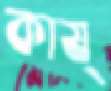
কাষ্